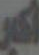
أكبر